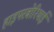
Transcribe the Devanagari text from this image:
हाइपरबोरियाई